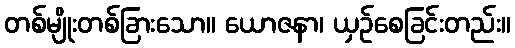
တစ်မျိုးတစ်ခြားသော။ ယောဇနာ၊ ယှဉ်စေခြင်းတည်း။